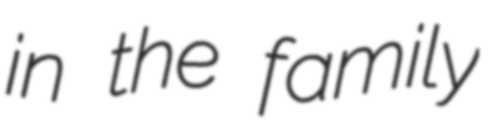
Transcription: in the family